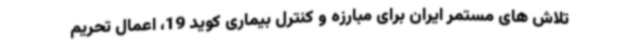
تلاش های مستمر ایران برای مبارزه و کنترل بیماری کوید 19، اعمال تحریم